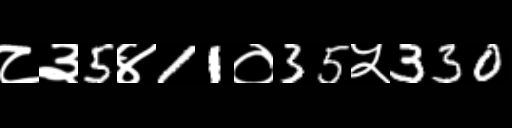
Text: ८३5४11०35५330